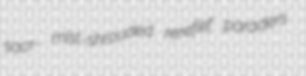
sacr- mist-shrouded rerefief paraders